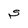
Character: S